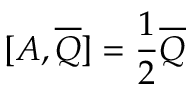
[ A , { \overline { { Q } } } ] = { \frac { 1 } { 2 } } { \overline { { Q } } }